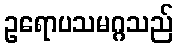
ဥရောပသမဂ္ဂသည်